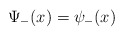
\begin{align*}\Psi _{-}(x)=\psi _{-}(x) \end{align*}